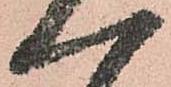
一